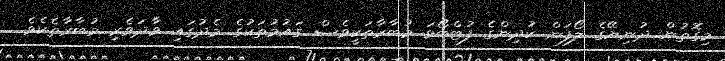
މިގޮތުން ދުނިޔޭގެ ލޯފަން ކުދިންގެ ފުޓްބޯޅަ މުބާރާތަކީވެސް ގައުމުތަކުގެ މެދުގައި ވާދަވެރި މުބާރާތެކެވެ.